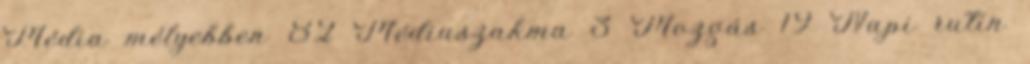
Média mélyebben 82 Médiaszakma 3 Mozgás 19 Napi rutin